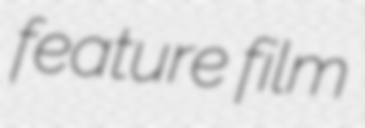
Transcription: feature film